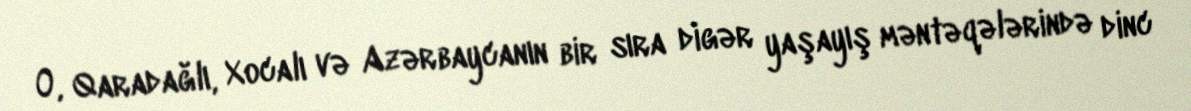
O, Qaradağlı, Xocalı və Azərbaycanın bir sıra digər yaşayış məntəqələrində dinc